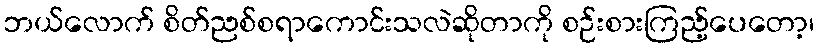
ဘယ်လောက် စိတ်ညစ်စရာကောင်းသလဲဆိုတာကို စဉ်းစားကြည့်ပေတော့၊